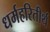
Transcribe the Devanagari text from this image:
धर्महरितीर्थ